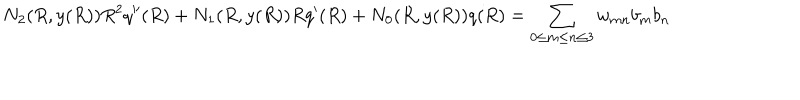
LaTeX: N _ { 2 } ( R , y ( R ) ) R ^ { 2 } q ^ { \prime \prime } ( R ) + N _ { 1 } ( R , y ( R ) ) R q ^ { \prime } ( R ) + N _ { 0 } ( R , y ( R ) ) q ( R ) = \sum _ { 0 \leq m \leq n \leq 3 } w _ { m n } b _ { m } b _ { n }